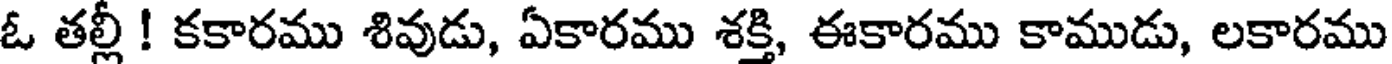
ఓ తల్లీ ! కకారము శివుడు, ఏకారము శక్తి, ఈకారము కాముడు, లకారము